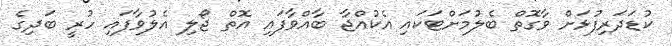
ކުޑަދަރިފުޅަށް ވާގޮތް ބެލުމަށްޓަކައި އެކުއްޖާ ބާއްވާފައި އޮތް ޖޯލި އެލުވާފައި ހުރީ ބަދިގެ